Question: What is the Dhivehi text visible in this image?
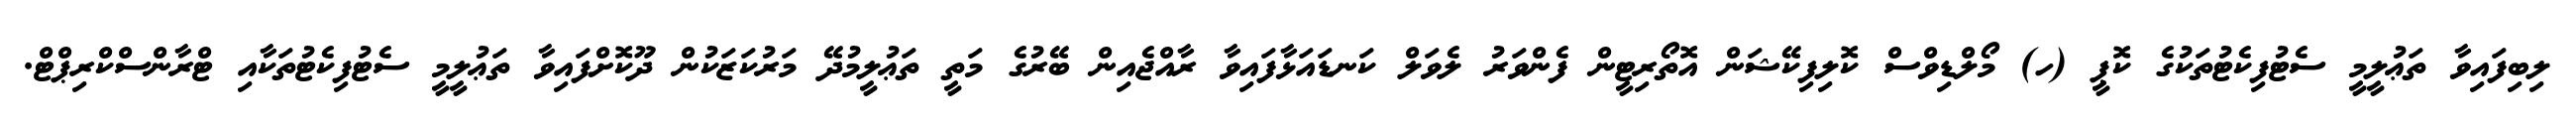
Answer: ލިބިފައިވާ ތަޢުލީމީ ސެޓުފިކެޓުތަކުގެ ކޮޕީ (ހ) މޯލްޑިވްސް ކޮލިފިކޭޝަން އޮތޯރިޓީން ފެންވަރު ލެވަލް ކަނޑައަޅާފައިވާ ރާއްޖެއިން ބޭރުގެ މަތީ ތަޢުލީމުދޭ މަރުކަޒަކުން ދޫކޮށްފައިވާ ތަޢުލީމީ ސެޓުފިކެޓުތަކާއި ޓްރާންސްކްރިޕްޓް.